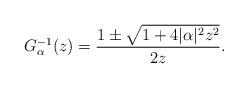
LaTeX: \begin{align*}G_\alpha^{-1}(z)=\frac{1\pm\sqrt{1+4|\alpha|^2z^2}}{2z}.\end{align*}